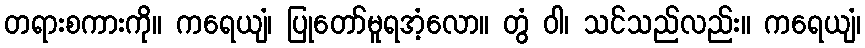
တရားစကားကို။ ကရေယျံ၊ ပြုတော်မူရအံ့လော။ တွံ ဝါ၊ သင်သည်လည်း။ ကရေယျံ၊